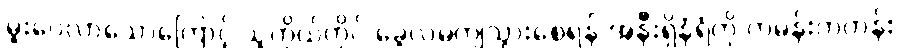
မူးဝေလာသောကြောင့် သူကိုယ်တိုင် ခွေလဲမကျသွားစေရန် အနီးရှိနံရံကို ကမန်းကတန်း